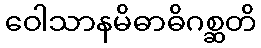
ဝေါသာနမိဓာဓိဂစ္ဆတိ